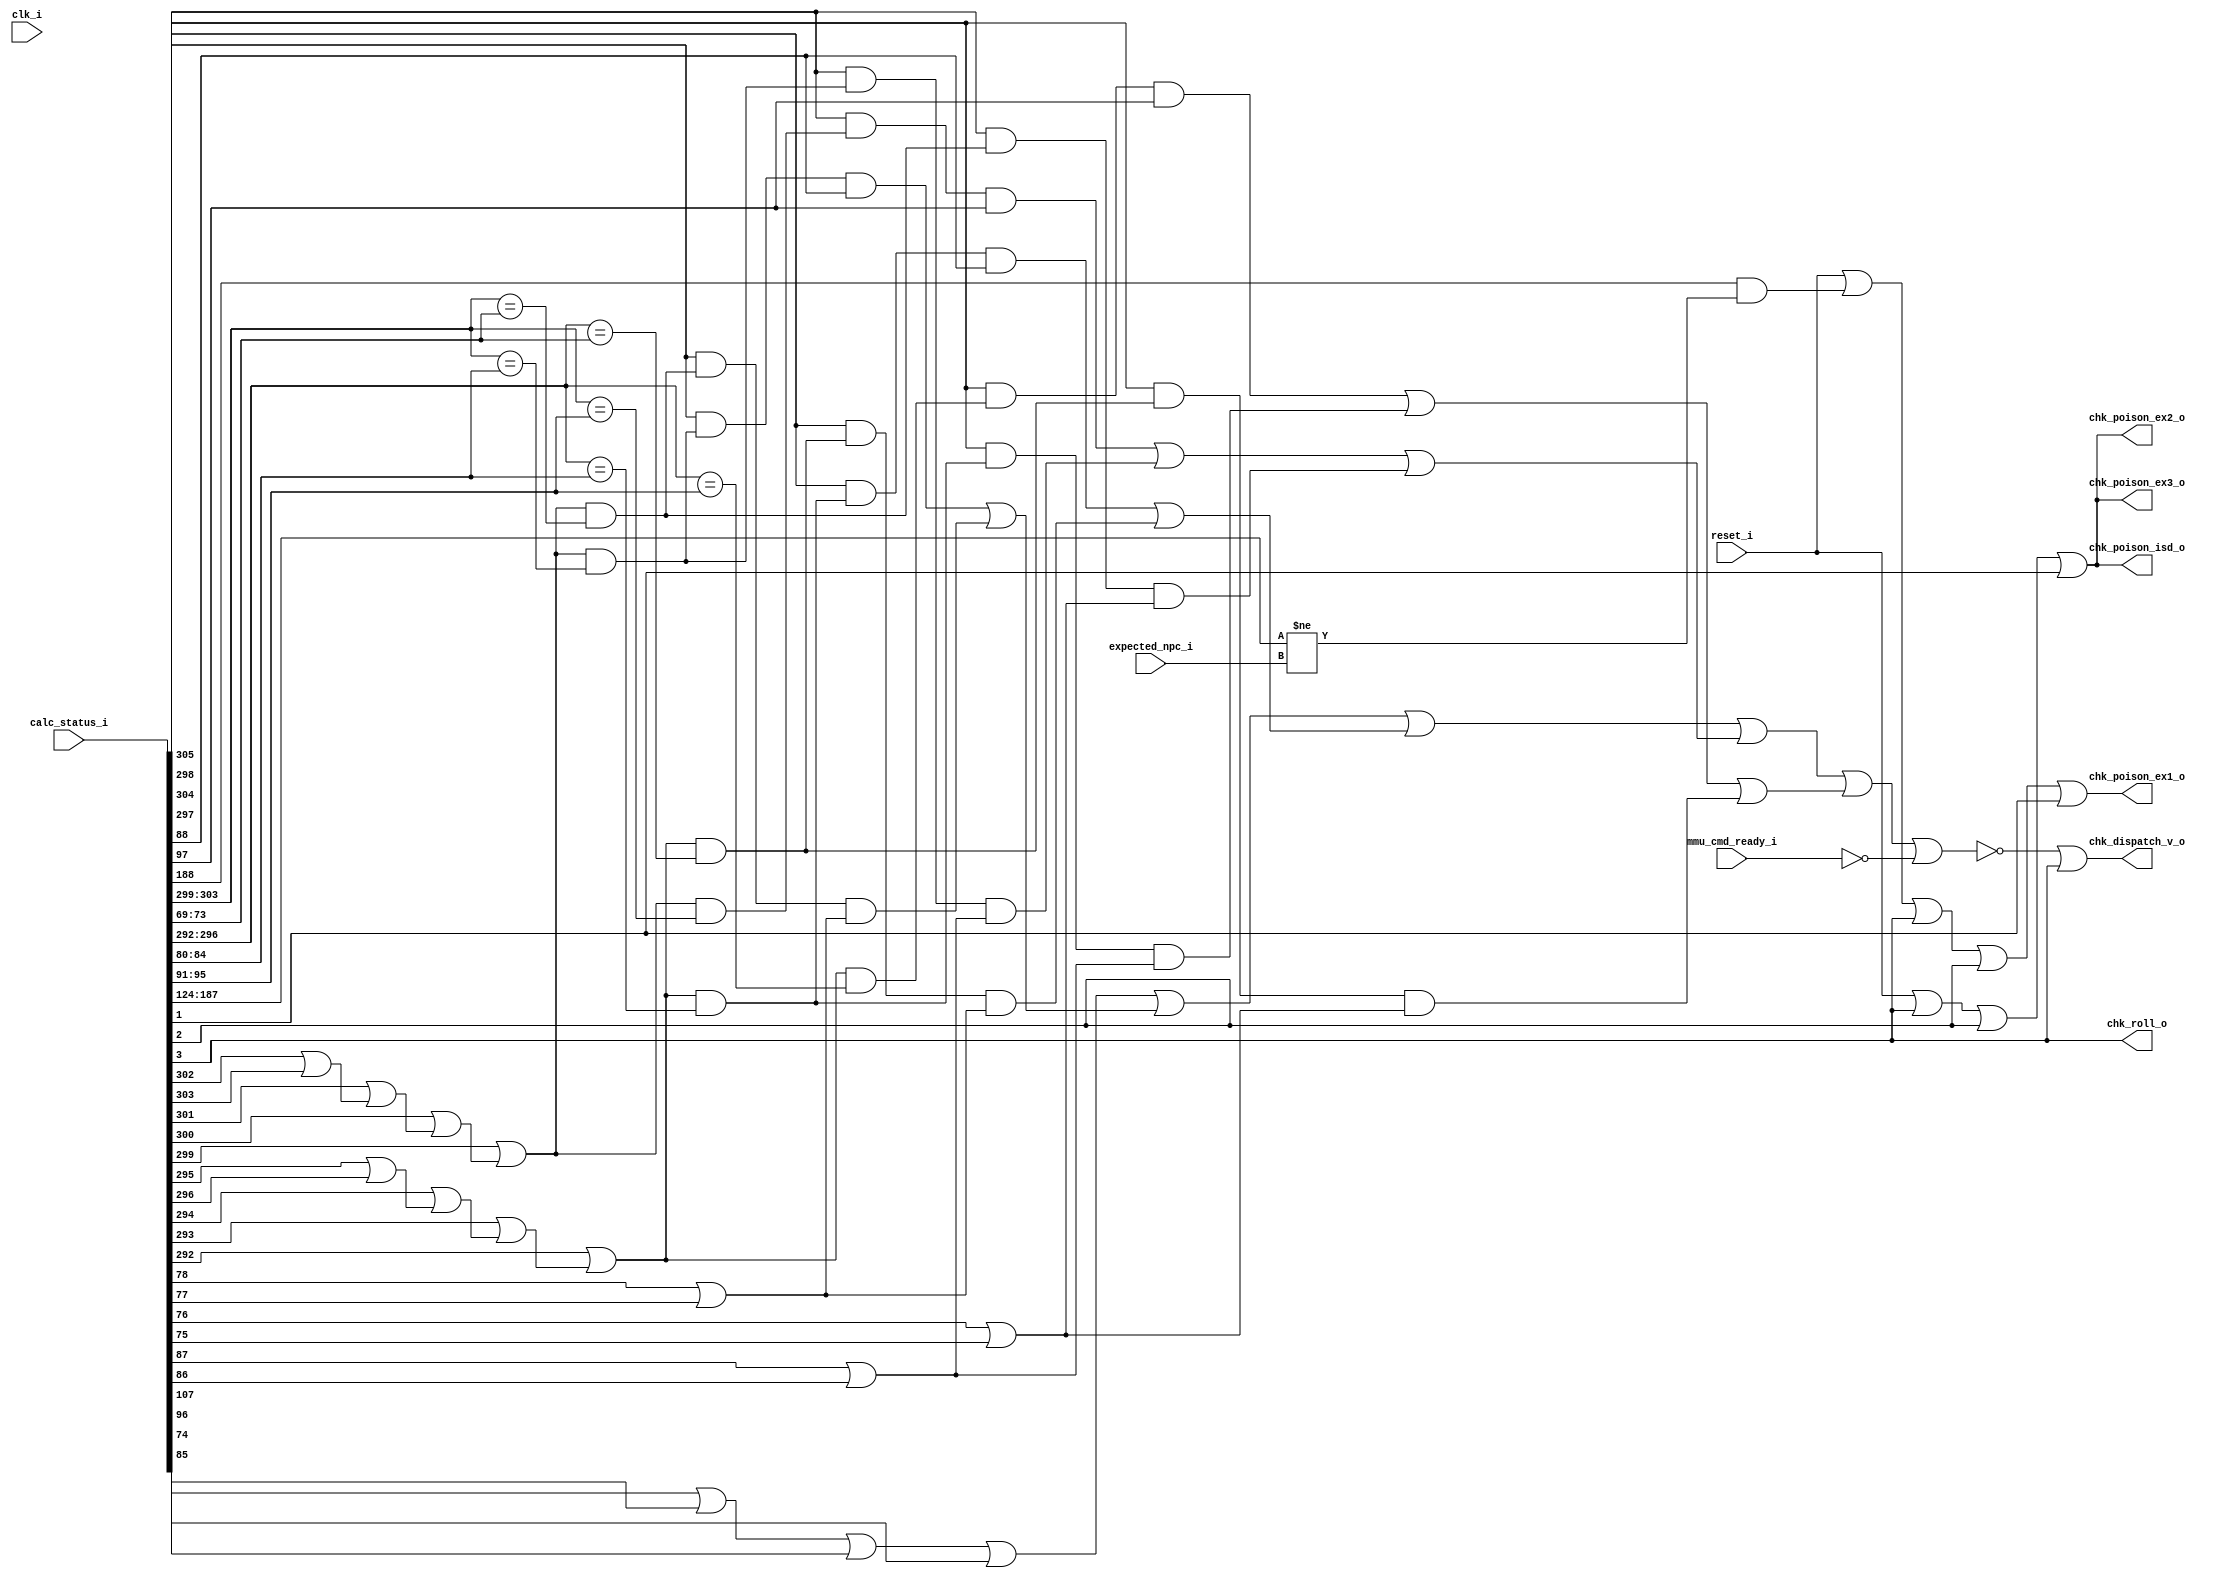
module bp_be_detector_vaddr_width_p39_paddr_width_p22_asid_width_p10_branch_metadata_fwd_width_p36_load_to_use_forwarding_p1
(
  clk_i,
  reset_i,
  calc_status_i,
  expected_npc_i,
  mmu_cmd_ready_i,
  chk_dispatch_v_o,
  chk_roll_o,
  chk_poison_isd_o,
  chk_poison_ex1_o,
  chk_poison_ex2_o,
  chk_poison_ex3_o
);

  input [306:0] calc_status_i;
  input [63:0] expected_npc_i;
  input clk_i;
  input reset_i;
  input mmu_cmd_ready_i;
  output chk_dispatch_v_o;
  output chk_roll_o;
  output chk_poison_isd_o;
  output chk_poison_ex1_o;
  output chk_poison_ex2_o;
  output chk_poison_ex3_o;
  wire chk_dispatch_v_o,chk_roll_o,chk_poison_isd_o,chk_poison_ex1_o,chk_poison_ex2_o,
  chk_poison_ex3_o,N0,N1,N2,N3,N4,N5,stall_haz_v,data_haz_v,struct_haz_v,N6,
  mispredict_v,N7,N8,N9,N10,N11,N12,N13,N14,N15,N16,N17,N18,N19,N20,N21,N22,N23,N24,N25,
  N26,N27,N28,N29,N30,N31,N32,N33,N34,N35,N36,N37,N38,N39,N40,N41,N42,N43,N44,N45,
  N46,N47,N48,N49,N50,N51,N52;
  wire [2:0] rs1_match_vector,rs2_match_vector,frs1_data_haz_v,frs2_data_haz_v;
  wire [1:0] irs1_data_haz_v,irs2_data_haz_v;
  assign chk_roll_o = calc_status_i[3];
  assign N0 = calc_status_i[303:299] == calc_status_i[73:69];
  assign N1 = calc_status_i[296:292] == calc_status_i[73:69];
  assign N2 = calc_status_i[303:299] == calc_status_i[84:80];
  assign N3 = calc_status_i[296:292] == calc_status_i[84:80];
  assign N4 = calc_status_i[303:299] == calc_status_i[95:91];
  assign N5 = calc_status_i[296:292] == calc_status_i[95:91];
  assign N6 = calc_status_i[187:124] != expected_npc_i;
  assign N7 = calc_status_i[302] | calc_status_i[303];
  assign N8 = calc_status_i[301] | N7;
  assign N9 = calc_status_i[300] | N8;
  assign N10 = calc_status_i[299] | N9;
  assign N11 = calc_status_i[295] | calc_status_i[296];
  assign N12 = calc_status_i[294] | N11;
  assign N13 = calc_status_i[293] | N12;
  assign N14 = calc_status_i[292] | N13;
  assign rs1_match_vector[0] = N10 & N0;
  assign rs2_match_vector[0] = N14 & N1;
  assign rs1_match_vector[1] = N10 & N2;
  assign rs2_match_vector[1] = N14 & N3;
  assign rs1_match_vector[2] = N10 & N4;
  assign rs2_match_vector[2] = N14 & N5;
  assign irs1_data_haz_v[0] = N15 & N16;
  assign N15 = calc_status_i[305] & rs1_match_vector[0];
  assign N16 = calc_status_i[78] | calc_status_i[77];
  assign irs2_data_haz_v[0] = N17 & N18;
  assign N17 = calc_status_i[298] & rs2_match_vector[0];
  assign N18 = calc_status_i[78] | calc_status_i[77];
  assign frs1_data_haz_v[0] = N19 & N20;
  assign N19 = calc_status_i[304] & rs1_match_vector[0];
  assign N20 = calc_status_i[76] | calc_status_i[75];
  assign frs2_data_haz_v[0] = N21 & N22;
  assign N21 = calc_status_i[297] & rs2_match_vector[0];
  assign N22 = calc_status_i[76] | calc_status_i[75];
  assign irs1_data_haz_v[1] = N23 & calc_status_i[88];
  assign N23 = calc_status_i[305] & rs1_match_vector[1];
  assign irs2_data_haz_v[1] = N24 & calc_status_i[88];
  assign N24 = calc_status_i[298] & rs2_match_vector[1];
  assign frs1_data_haz_v[1] = N25 & N26;
  assign N25 = calc_status_i[304] & rs1_match_vector[1];
  assign N26 = calc_status_i[87] | calc_status_i[86];
  assign frs2_data_haz_v[1] = N27 & N28;
  assign N27 = calc_status_i[297] & rs2_match_vector[1];
  assign N28 = calc_status_i[87] | calc_status_i[86];
  assign frs1_data_haz_v[2] = N29 & calc_status_i[97];
  assign N29 = calc_status_i[304] & rs1_match_vector[2];
  assign frs2_data_haz_v[2] = N30 & calc_status_i[97];
  assign N30 = calc_status_i[297] & rs2_match_vector[2];
  assign stall_haz_v = N32 | calc_status_i[107];
  assign N32 = N31 | calc_status_i[96];
  assign N31 = calc_status_i[74] | calc_status_i[85];
  assign data_haz_v = N39 | N41;
  assign N39 = N36 | N38;
  assign N36 = N34 | N35;
  assign N34 = stall_haz_v | N33;
  assign N33 = irs1_data_haz_v[1] | irs1_data_haz_v[0];
  assign N35 = irs2_data_haz_v[1] | irs2_data_haz_v[0];
  assign N38 = N37 | frs1_data_haz_v[0];
  assign N37 = frs1_data_haz_v[2] | frs1_data_haz_v[1];
  assign N41 = N40 | frs2_data_haz_v[0];
  assign N40 = frs2_data_haz_v[2] | frs2_data_haz_v[1];
  assign struct_haz_v = ~mmu_cmd_ready_i;
  assign mispredict_v = calc_status_i[188] & N6;
  assign chk_dispatch_v_o = N43 | calc_status_i[3];
  assign N43 = ~N42;
  assign N42 = data_haz_v | struct_haz_v;
  assign chk_poison_isd_o = N45 | calc_status_i[1];
  assign N45 = N44 | calc_status_i[2];
  assign N44 = reset_i | calc_status_i[3];
  assign chk_poison_ex1_o = N48 | calc_status_i[1];
  assign N48 = N47 | calc_status_i[2];
  assign N47 = N46 | calc_status_i[3];
  assign N46 = reset_i | mispredict_v;
  assign chk_poison_ex2_o = N50 | calc_status_i[1];
  assign N50 = N49 | calc_status_i[2];
  assign N49 = reset_i | calc_status_i[3];
  assign chk_poison_ex3_o = N52 | calc_status_i[1];
  assign N52 = N51 | calc_status_i[2];
  assign N51 = reset_i | calc_status_i[3];

endmodule